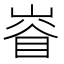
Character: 𡺊